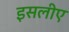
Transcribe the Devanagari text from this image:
इसलीए